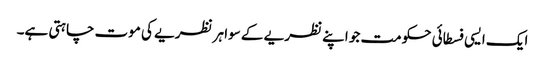
ایک ایسی فسطائی حکومت جو اپنے نظریے کے سوا ہر نظریے کی موت چاہتی ہے۔